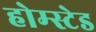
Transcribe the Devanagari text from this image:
होम्स्टेड